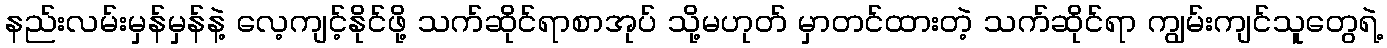
နည်းလမ်းမှန်မှန်နဲ့ လေ့ကျင့်နိုင်ဖို့ သက်ဆိုင်ရာစာအုပ် သို့မဟုတ် မှာတင်ထားတဲ့ သက်ဆိုင်ရာ ကျွမ်းကျင်သူတွေရဲ့